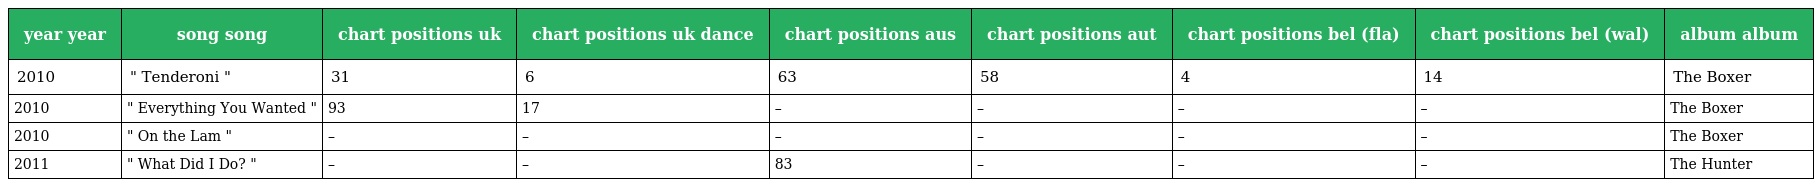
| year year | song song | chart positions uk | chart positions uk dance | chart positions aus | chart positions aut | chart positions bel (fla) | chart positions bel (wal) | album album |
 | --- | --- | --- | --- | --- | --- | --- | --- | --- |
 | 2010 | " Tenderoni " | 31 | 6 | 63 | 58 | 4 | 14 | The Boxer |
 | 2010 | " Everything You Wanted " | 93 | 17 | – | – | – | – | The Boxer |
 | 2010 | " On the Lam " | – | – | – | – | – | – | The Boxer |
 | 2011 | " What Did I Do? " | – | – | 83 | – | – | – | The Hunter |